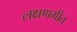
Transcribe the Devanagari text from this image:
लक्षणगीत